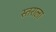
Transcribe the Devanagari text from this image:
स्तराला